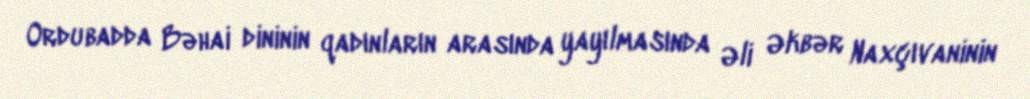
Ordubadda Bəhai dininin qadınların arasında yayılmasında Əli Əkbər Naxçıvaninin